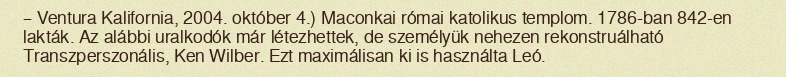
– Ventura Kalifornia, 2004. október 4.) Maconkai római katolikus templom. 1786-ban 842-en lakták. Az alábbi uralkodók már létezhettek, de személyük nehezen rekonstruálható Transzperszonális, Ken Wilber. Ezt maximálisan ki is használta Leó.